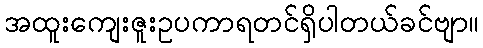
အထူးကျေးဇူးဥပကာရတင်ရှိပါတယ်ခင်ဗျာ။